Indian journal of veterinary science and animal husbandry - Volumes 15-17, 1948-1951
Year: 1948
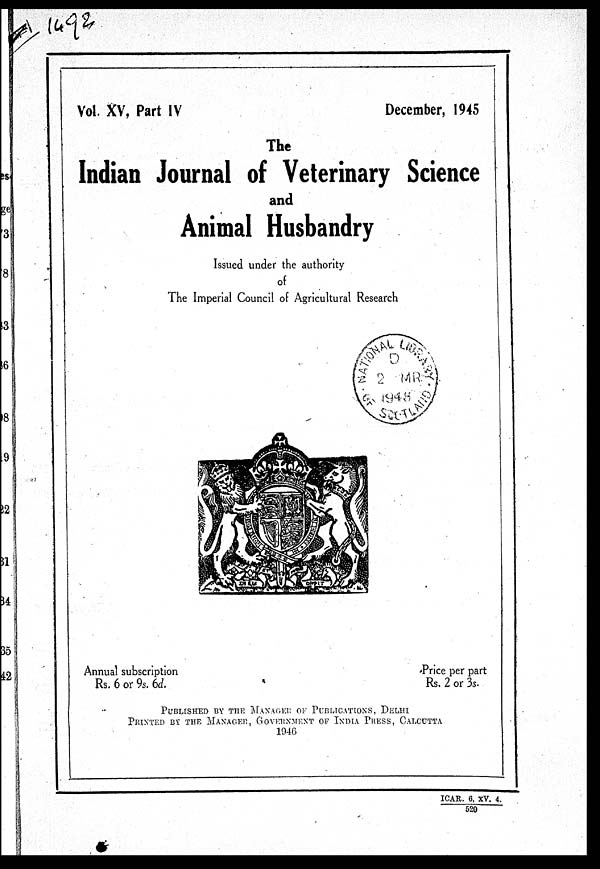
Vol. XV, Part IV
December, 1945
The
Indian Journal of Veterinary Science
and
Animal Husbandry
Issued under the authority
of
The Imperial Council of Agricultural Research
Annual subscription
Rs. 6 or 9s. 6d.
Price per part
Rs. 2 or 3s.
PUBLISHED BY THE MANAGER OF PUBLICATIONS, DELHI
PRINTED BY THE MANAGER, GOVERNMENT OF INDIA PRESS, CALC
1946
ICAR. 6, XV. 4.
520